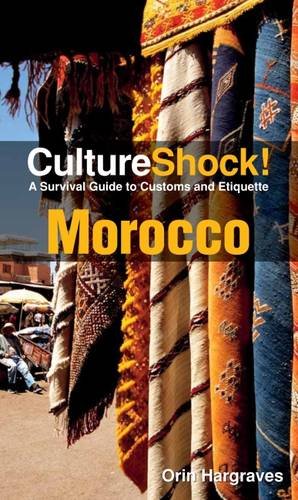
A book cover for Cultureshock Morocco (Cultureshock Morocco: A Survival Guide to Customs & Etiquette); Orin Hargraves; Travel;